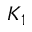
K _ { 1 }